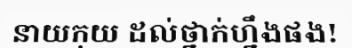
នាយកុយ ដល់ថ្នាក់ហ្នឹងផង!